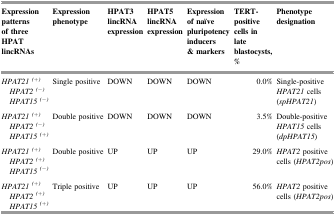
<table><thead><tr><td><b>Expression patterns of three HPAT lincRNAs</b></td><td><b>Expression phenotype</b></td><td><b>HPAT3 lincRNA expression</b></td><td><b>HPAT5 lincRNA expression</b></td><td><b>Expression of naïve pluripotency inducers &amp; markers</b></td><td><b>TERT-positive cells in late blastocysts, %</b></td><td><b>Phenotype designation</b></td></tr></thead><tbody><tr><td><i>HPAT21</i><sup><i>(+)</i></sup><i>HPAT2</i><sup><i>(−)</i></sup><i>HPAT15</i><sup><i>(−)</i></sup></td><td>Single positive</td><td>DOWN</td><td>DOWN</td><td>DOWN</td><td>0.0%</td><td>Single-positive <i>HPAT21</i> cells (<i>spHPAT21</i>)</td></tr><tr><td><i>HPAT21</i><sup><i>(+)</i></sup><i>HPAT2</i><sup><i>(−)</i></sup><i>HPAT15</i><sup><i>(+)</i></sup></td><td>Double positive</td><td>DOWN</td><td>DOWN</td><td>DOWN</td><td>3.5%</td><td>Double-positive <i>HPAT15</i> cells (<i>dpHPAT15</i>)</td></tr><tr><td><i>HPAT21</i><sup><i>(+)</i></sup><i>HPAT2</i><sup><i>(+)</i></sup><i>HPAT15</i><sup><i>(−)</i></sup></td><td>Double positive</td><td>UP</td><td>UP</td><td>UP</td><td>29.0%</td><td><i>HPAT2</i> positive cells (<i>HPAT2pos</i>)</td></tr><tr><td><i>HPAT21</i><sup><i>(+)</i></sup><i>HPAT2</i><sup><i>(+)</i></sup><i>HPAT15</i><sup><i>(+)</i></sup></td><td>Triple positive</td><td>UP</td><td>UP</td><td>UP</td><td>56.0%</td><td><i>HPAT2</i> positive cells (<i>HPAT2pos</i>)</td></tr></tbody></table>